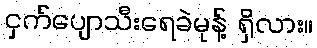
ငှက်ပျောသီးရေခဲမုန့် ရှိလား။